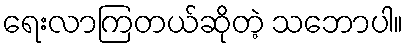
ရေးလာကြတယ်ဆိုတဲ့ သဘောပါ။